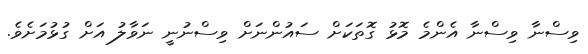
ވިސްނާ ވިސްނާ އެންމެ މޮޅު ގޮތަކަށް ސައުންނަށް ވިސްނުނީ ނަވާލު އަށް ގުޅުމަށެވެ.